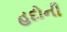
હદોની